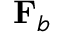
\mathbf { F } _ { b }